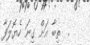
.  ތިބާ އަށް ގިނަ ހެޔޮލަފާ